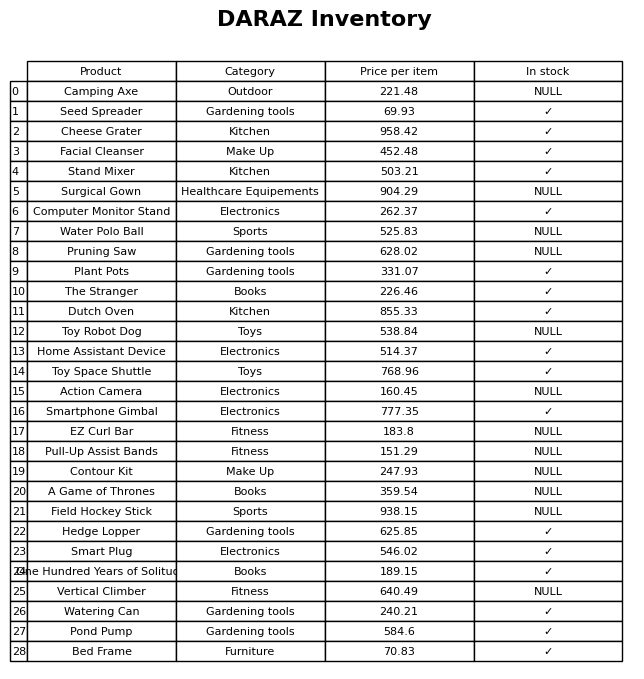
question: What is the price of the Pull-Up Assist Bands?
answer: The price of Pull-Up Assist Bands is 151.29.